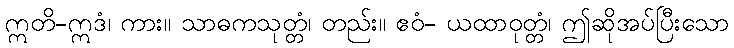
ဣတိ-ဣဒံ၊ ကား။ သာဓကသုတ္တံ၊ တည်း။ ဧဝံ- ယထာဝုတ္တံ၊ ဤဆိုအပ်ပြီးသော